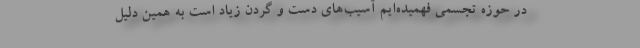
در حوزه‌ تجسمی فهمیده‌ایم آسیب‌های دست و گردن زیاد است به همین دلیل